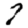
Digit: 7